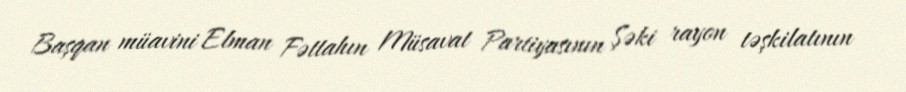
Başqan müavini Elman Fəttahın Müsavat Partiyasının Şəki rayon təşkilatının